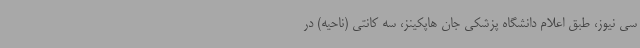
سی نیوز، طبق اعلام دانشگاه پزشکی جان هاپکینز، سه کانتی (ناحیه) در